Vaccination in Bombay 1913-1923 - 1913-1923
Year: 1913
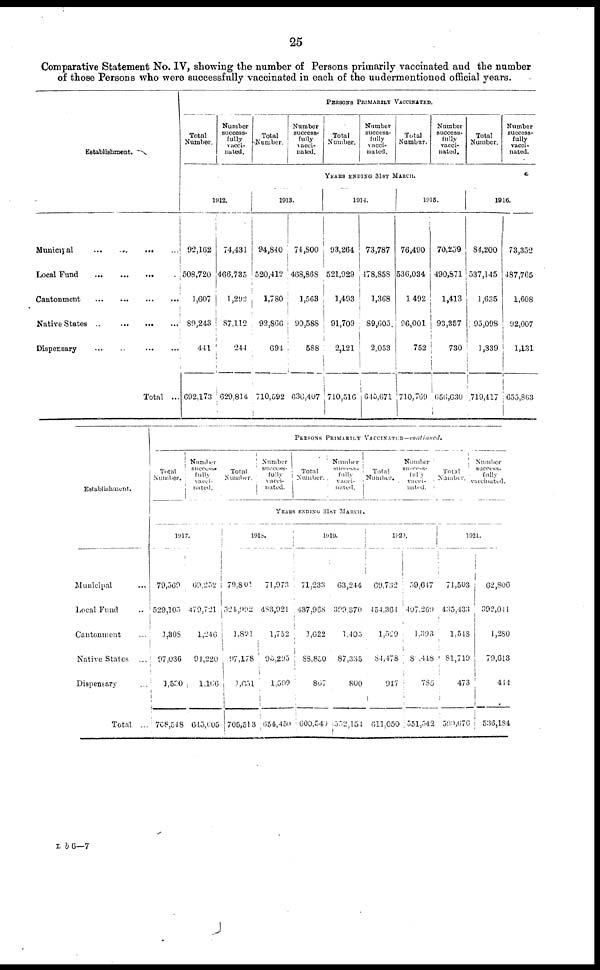
25
Comparative Statement No. IV, showing the number of Persons primarily vaccinated and the number
of those Persons who were successfully vaccinated in each of the undermentioned official years.
Establishment.
Municipal
...
...
...
...
Local Fund
...
...
...
...
Cantonment
...
...
...
...
Native States
...
...
...
...
Dispensary
...
...
...
...
Total ...
PERSONS PRIMARILY VACCINATED.
Total
Number.
Number
success-
fully
vacci-
nated.
Total
Number.
Number
success-
fully
vacci-
nated.
Total
Number.
Number
success-
fully
vacci-
nated.
Total
Numbur.
Number
success-
fully
vacci-
nated.
Total
Number.
Number
success-
fully
vacci-
nated.
YEARS ENDING 31ST MARCH.
1912.
92,162
508,720
1,607
89,243
441
692,173
74,431
466,735
1,292
87,112
244
629,814
1913.
94,840
520,412
1,780
92,866
694
710,592
74,800
468,868
1,563
90,588
588
636,407
1914.
93,264
521,929
1,493
91,709
2,121
710,516
73,787
478,858
1,368
89,605
2,053
645,671
1915.
76,490
536,034
1,492
96,001
752
710,769
70,239
490,871
1,413
93,357
730
656,630
1916.
84,200
537,145
1,635
95,098
1,339
719,417
73,352
487,765
1,608
92,007
1,131
655,863
Establishment.
Municipal ...
Local Fund ..
Cantonment ...
Native States
...
Dispensary ...
Total
...
PERSONS PRIMARILY VACCINATED—continued.
Total
Number.
Number
success-
fully
vacci-
nated.
Total
Number.
Number
success-
fully
vacci-
nated.
Total
Number.
Number
success-
fully
vacci-
nated.
Total
Number.
Number
success-
fully
vacci-
nated.
Total
Number.
Number
success-
fully
vaccinated.
YEARS ENDING 31ST MARCH.
1917.
79,569
529,105
1,308
97,036
1,530
708,548
69,252
479,721
1,246
94,220
1,166
645,605
1918.
79,801
524,992
1,891
97,178
1,651
705,513
71,973
483,921
1,752
95,295
1,509
654,450
1919.
71,233
437,968
1,622
88,850
867
600,540
63,244
399,370
1,405
87,335
800
552,154
1920.
69,732
454,364
1,529
84,478
947
611,050
59,647
407,269
1,393
8,448
785
551,542
1921.
71,503
435,433
1,548
81,719
473
599,676
62,806
392,041
1,280
79,613
444
536,184
L b 6—7